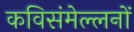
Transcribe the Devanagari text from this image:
कविसंमेल्लनों